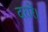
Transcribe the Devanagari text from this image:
दरारें।